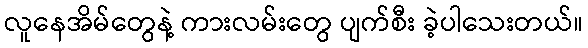
လူနေအိမ်တွေနဲ့ ကားလမ်းတွေ ပျက်စီး ခဲ့ပါသေးတယ်။